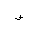
Letter: _waw